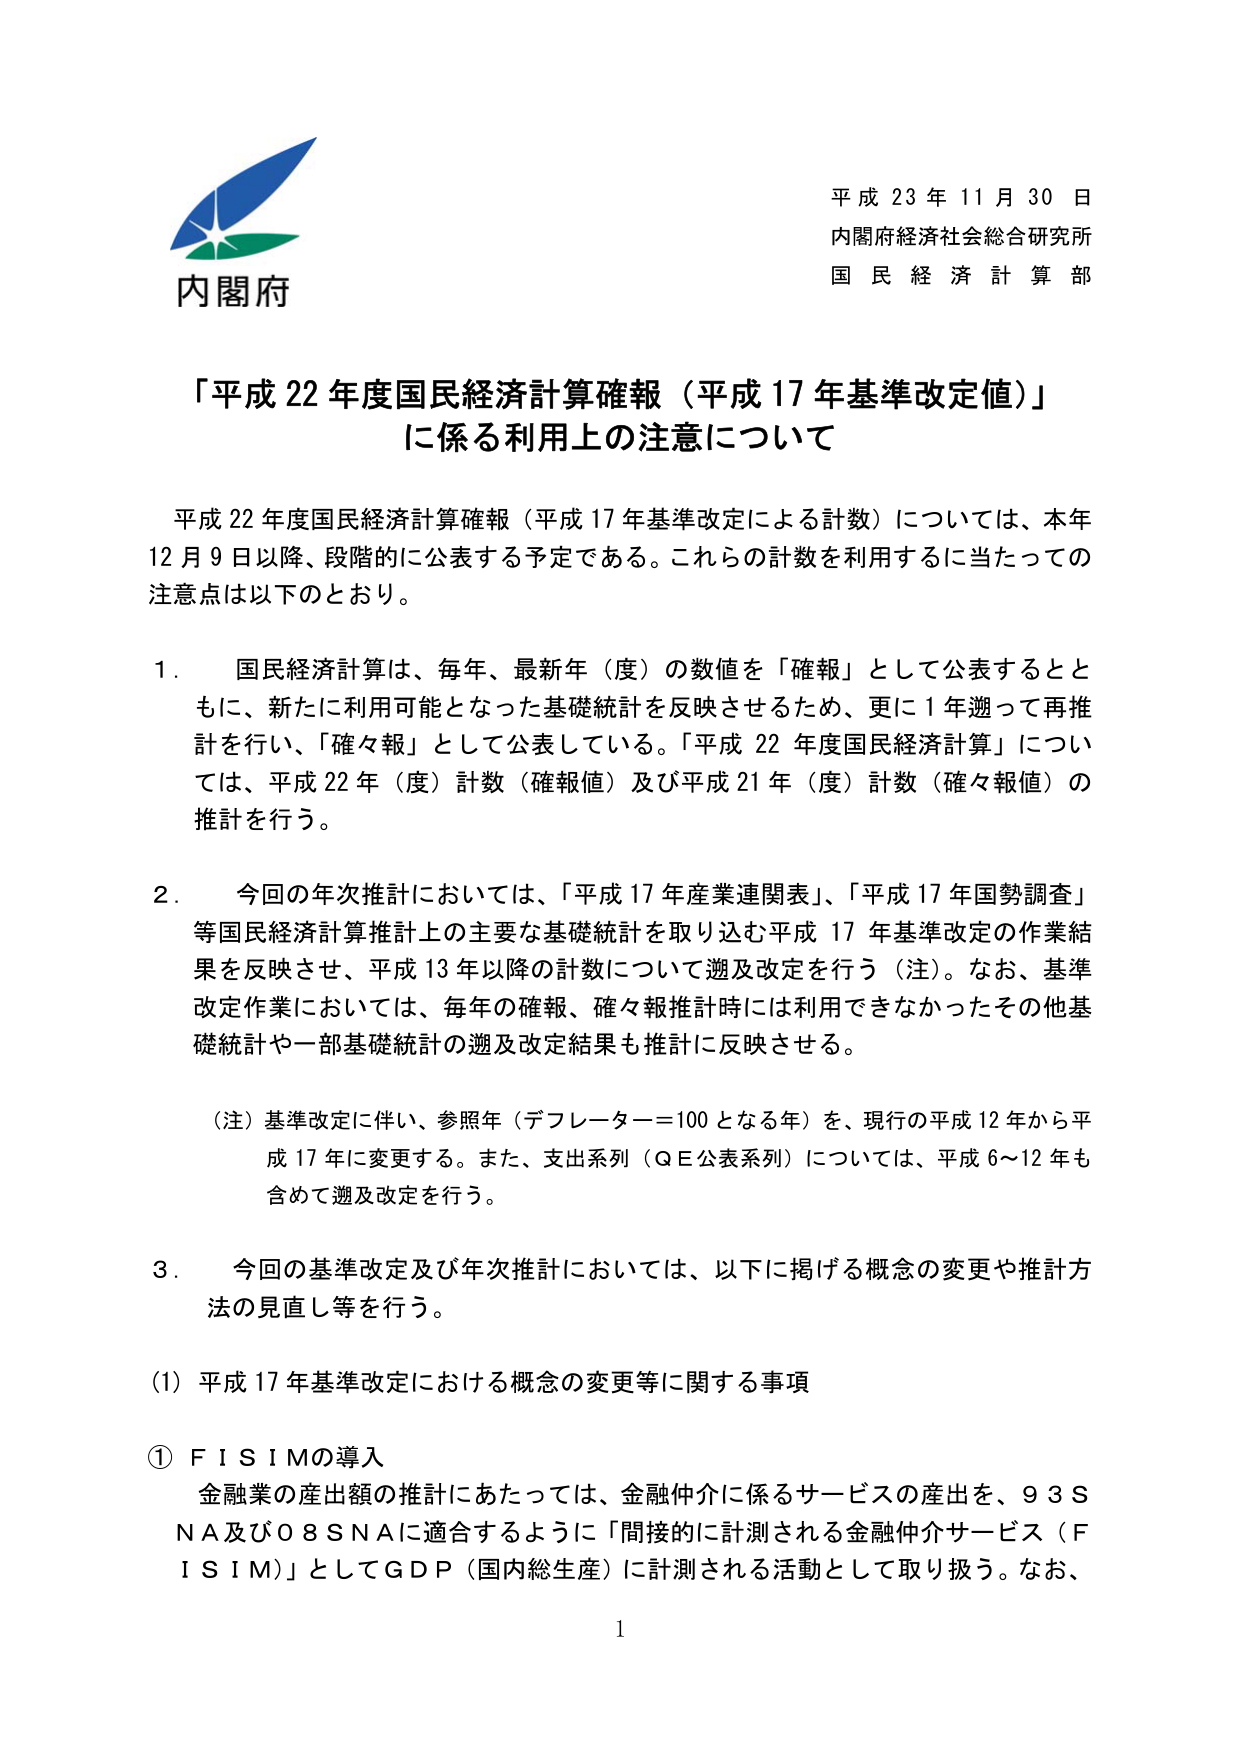
平成 23 年 11 月 30 日
内閣府経済社会総合研究所
国民経済計算部

「平成 22 年度国民経済計算確報（平成 17 年基準改定値）」
に係る利用上の注意について

平成 22 年度国民経済計算確報（平成 17 年基準改定による計数）については、本年
12 月 9 日以降、段階的に公表する予定である。これらの計数を利用するに当たっての
注意点は以下のとおり。

1. 国民経済計算は、毎年、最新年（度）の数値を「確報」として公表するとと
もに、新たに利用可能となった基礎統計を反映させるため、更に 1 年遡って再推
計を行い、「確々報」として公表している。「平成 22 年度国民経済計算」につい
ては、平成 22 年（度）計数（確報値）及び平成 21 年（度）計数（確々報値）の
推計を行う。

2. 今回の年次推計においては、「平成 17 年産業連関表」、「平成 17 年国勢調査」
等国民経済計算推計上の主要な基礎統計を取り込む平成 17 年基準改定の作業結
果を反映させ、平成 13 年以降の計数について遡及改定を行う（注）。なお、基準
改定作業においては、毎年の確報、確々報推計時には利用できなかったその他基
礎統計や一部基礎統計の遡及改定結果も推計に反映させる。

（注）基準改定に伴い、参照年（デフレーター＝100 となる年）を、現行の平成 12 年から平
成 17 年に変更する。また、支出系列（ＱＥ公表系列）については、平成 6～12 年も
含めて遡及改定を行う。

3. 今回の基準改定及び年次推計においては、以下に掲げる概念の変更や推計方
法の見直し等を行う。

（1）平成 17 年基準改定における概念の変更等に関する事項

① ＦＩＳＩＭの導入
金融業の産出額の推計にあたっては、金融仲介に係るサービスの産出を、９３Ｓ
ＮＡ及び０８ＳＮＡに適合するように「間接的に計測される金融仲介サービス（Ｆ
ＩＳＩＭ）」としてＧＤＰ（国内総生産）に計測される活動として取り扱う。なお、

1